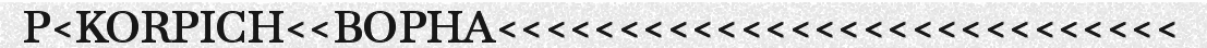
P<KORPICH<<BOPHA<<<<<<<<<<<<<<<<<<<<<<<<<<<<